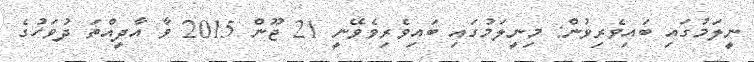
ނީލަމުގައި ބައިވެރިވުން: މިނީލަމުގައި ބައިވެރިވެވޭނީ 21 ޖޫން 2015 ވާ އާދީއްތަ ދުވަހުގެ